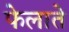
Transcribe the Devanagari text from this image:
फेलाते